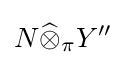
N{\widehat {\otimes }}_{\pi }Y^{\prime \prime }